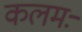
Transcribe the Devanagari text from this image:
कलमः